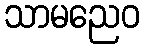
သာမညေဝ